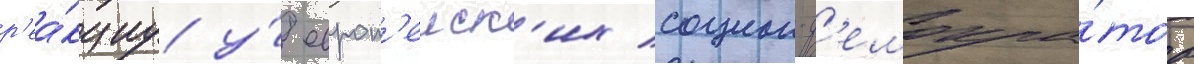
р'еа́кциу у́ европ'еиск'их социал-д'емокра́тов